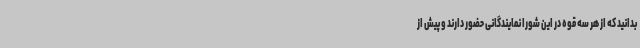
بدانید که از هر سه قوه در این شورا نمایندگانی حضور دارند و پیش از